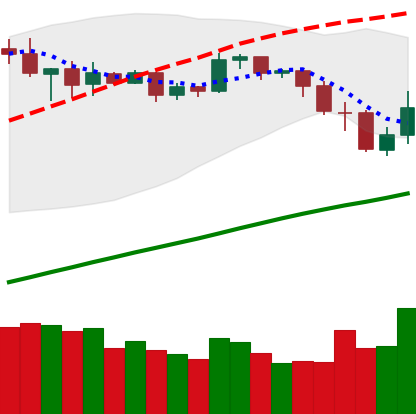
Ticker: BNB-USD
Chart end date: 2019-05-11
Forward return: 25.066%
Label: up_7plus